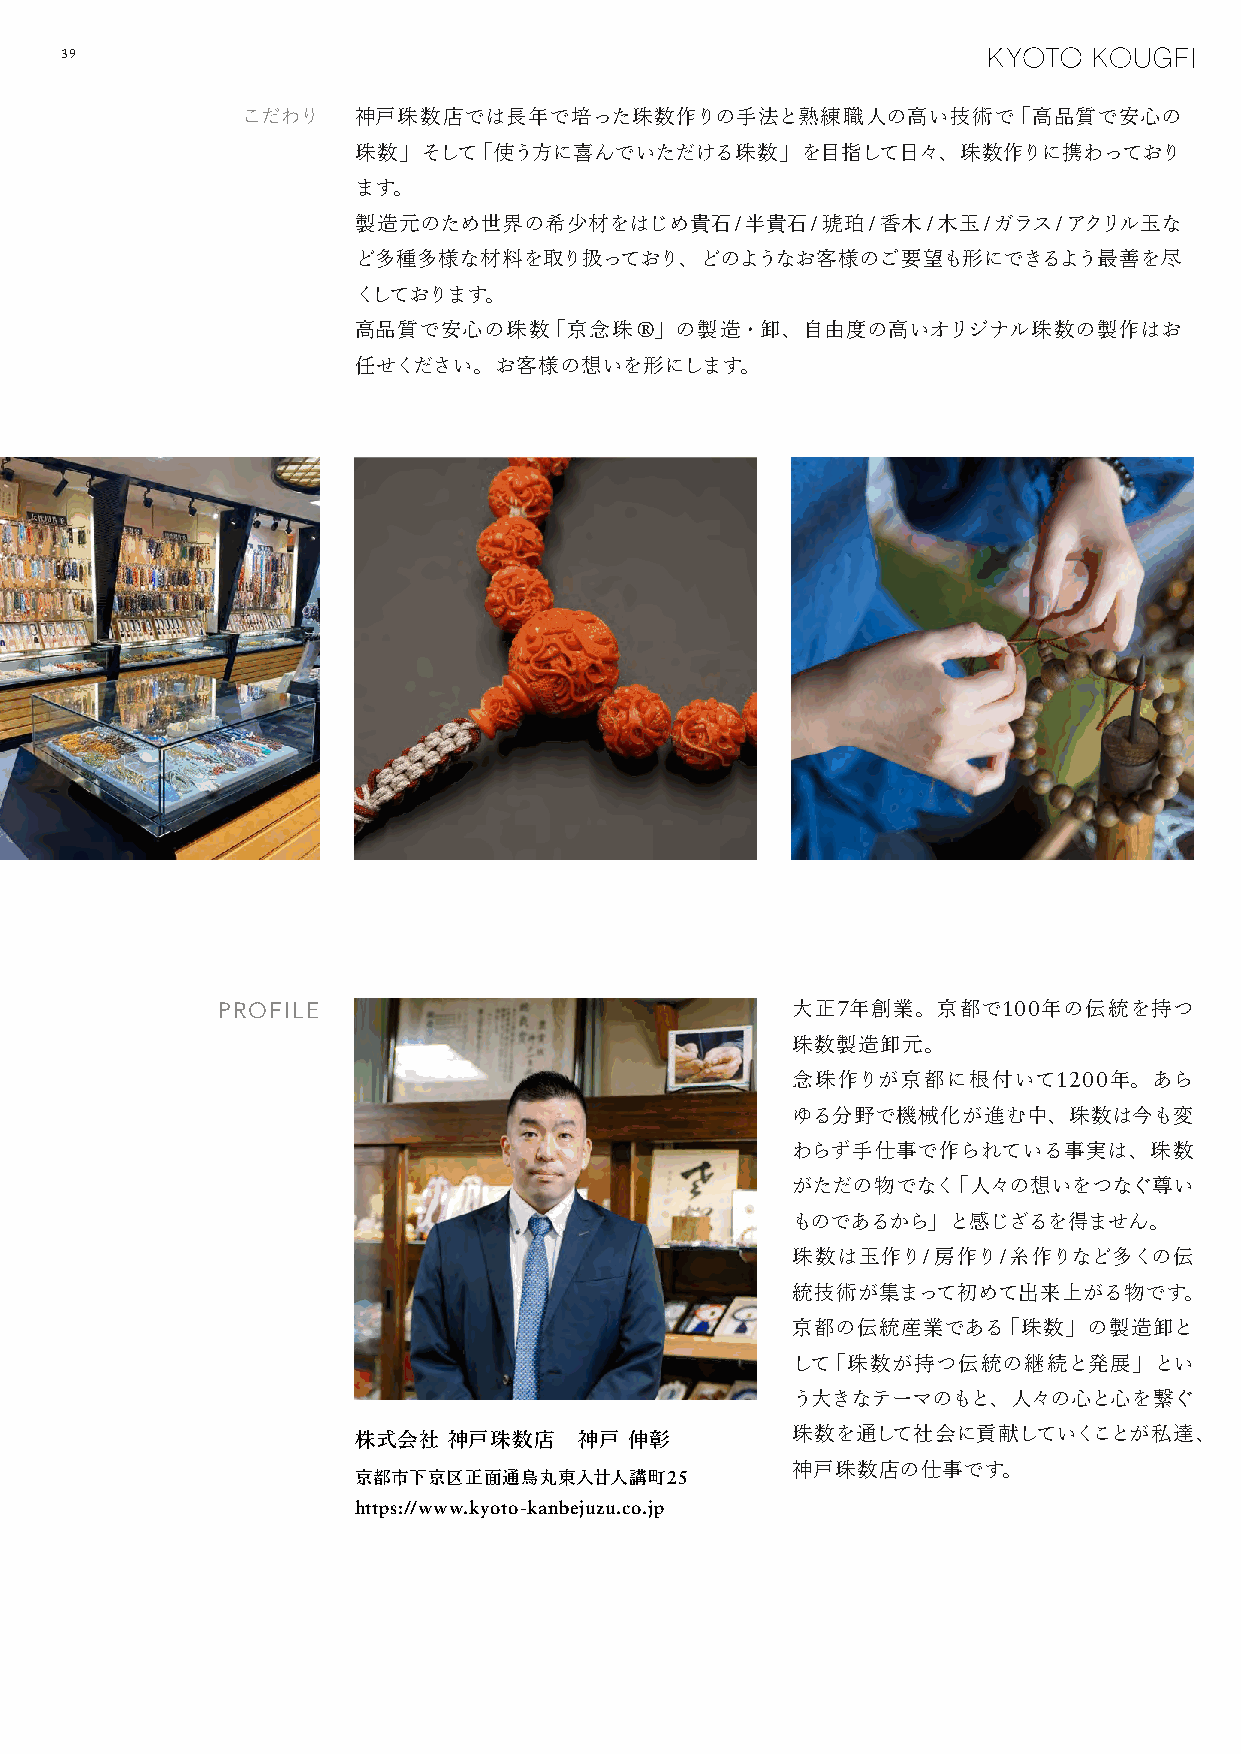
39
 こだわり   神戸珠数店では長年で培った珠数作りの手法と熟練職人の高い技術で「高品質で安心の
 珠数」そして「使う方に喜んでいただける珠数」を目指して日々、珠数作りに携わっており
 ます。
 製造元のため世界の希少材をはじめ貴石/半貴石/琥珀/香木/木玉/ガラス/アクリル玉な
 ど多種多様な材料を取り扱っており、どのようなお客様のご要望も形にできるよう最善を尽
 くしております。
 高品質で安心の珠数「京念珠®」の製造・卸、自由度の高いオリジナル珠数の製作はお
 任せください。お客様の想いを形にします。
 PROFILE                               大正7年創業。京都で100年の伝統を持つ
 珠数製造卸元。
 念珠作りが京都に根付いて1200年。あら
 ゆる分野で機械化が進む中、珠数は今も変
 わらず手仕事で作られている事実は、珠数
 がただの物でなく「人々の想いをつなぐ尊い
 ものであるから」と感じざるを得ません。
 珠数は玉作り/房作り/糸作りなど多くの伝
 統技術が集まって初めて出来上がる物です。
 京都の伝統産業である「珠数」の製造卸と
 して「珠数が持つ伝統の継続と発展」とい
 う大きなテーマのもと、人々の心と心を繋ぐ
 株式会社   神戸珠数店   神戸  伸彰
 珠数を通して社会に貢献していくことが私達、
 神戸珠数店の仕事です。
 京都市下京区正面通烏丸東入廿人講町25
 https://www.kyoto-kanbejuzu.co.jp